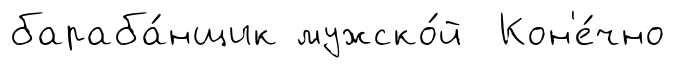
бараба́нщик мужско́й Кон'е́чно